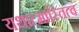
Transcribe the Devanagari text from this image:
यथात्मास्तित्वं